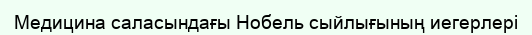
Медицина саласындағы Нобель сыйлығының иегерлері